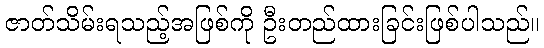
ဇာတ်သိမ်းရသည့်အဖြစ်ကို ဦးတည်ထားခြင်းဖြစ်ပါသည်။